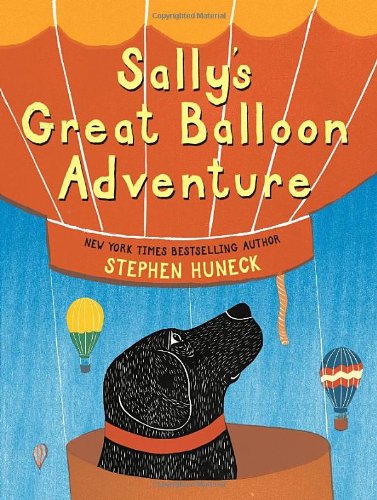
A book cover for Sally's Great Balloon Adventure; Stephen Huneck; Children's Books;